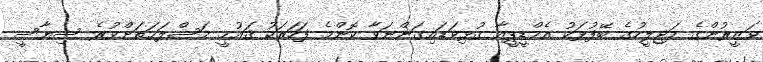
ވަޒީރުންގެ މަޖިލީހުގެ ބޭފުޅަކު އެމްޑީޕީއާ ގުޅިވަޑައިގަންނަވާ ކޮންމެ ފަހަރަކު ޤައުމީ މަސްލަޙަތަށްވުރެ ސިޔާސީ